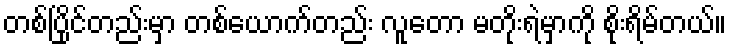
တစ်ပြိုင်တည်းမှာ တစ်ယောက်တည်း လူတော မတိုးရဲမှာကို စိုးရိမ်တယ်။